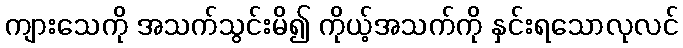
ကျားသေကို အသက်သွင်းမိ၍ ကိုယ့်အသက်ကို နှင်းရသောလုလင်